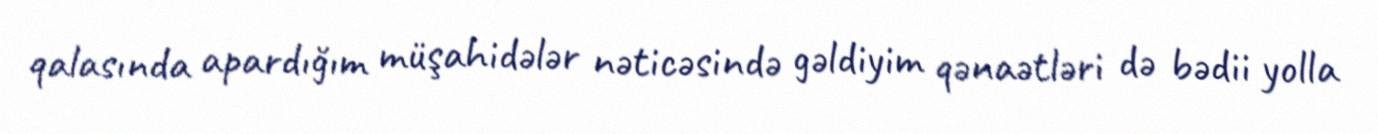
qalasında apardığım müşahidələr nəticəsində gəldiyim qənaətləri də bədii yolla